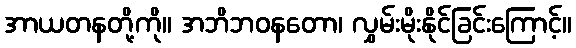
အာယတနတို့ကို။ အဘိဘဝနတော၊ လွှမ်းမိုးနိုင်ခြင်းကြောင့်။